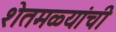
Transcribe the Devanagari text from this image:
शेतमळ्यांची